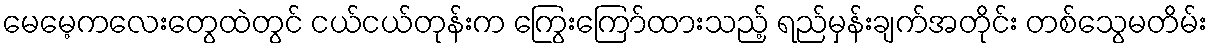
မေမေ့ကလေးတွေထဲတွင် ငယ်ငယ်တုန်းက ကြွေးကြော်ထားသည့် ရည်မှန်းချက်အတိုင်း တစ်သွေမတိမ်း